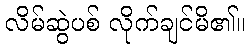
လိမ်ဆွဲပစ် လိုက်ချင်မိ၏။